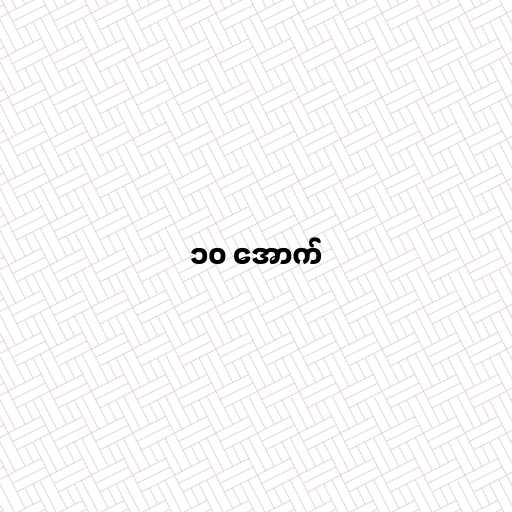
၁၀ အောက်